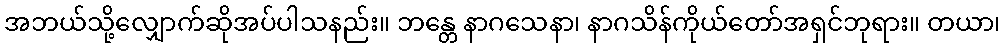
အဘယ်သို့လျှောက်ဆိုအပ်ပါသနည်း။ ဘန္တေ နာဂသေနာ၊ နာဂသိန်ကိုယ်တော်အရှင်ဘုရား။ တယာ၊